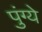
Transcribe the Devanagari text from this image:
पुंग्ये